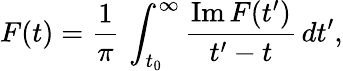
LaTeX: F(t)=\frac{1}{\pi}\, \int_{t_{0}}^{\infty}\frac{\mathrm{Im}\, F(t^{\prime})}{t^{\prime}-t}\, dt^{\prime},